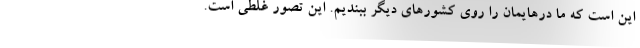
این است که ما درهایمان را روی کشورهای دیگر ببندیم. این تصور غلطی است.